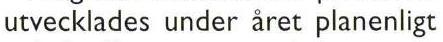
utvecklades under året planenligt